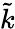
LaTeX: \tilde{k}